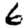
Digit: 6